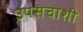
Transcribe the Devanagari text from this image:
उपसंचाशी